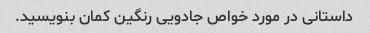
داستانی در مورد خواص جادویی رنگین کمان بنویسید.